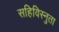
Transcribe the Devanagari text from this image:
सहिविस्नुता